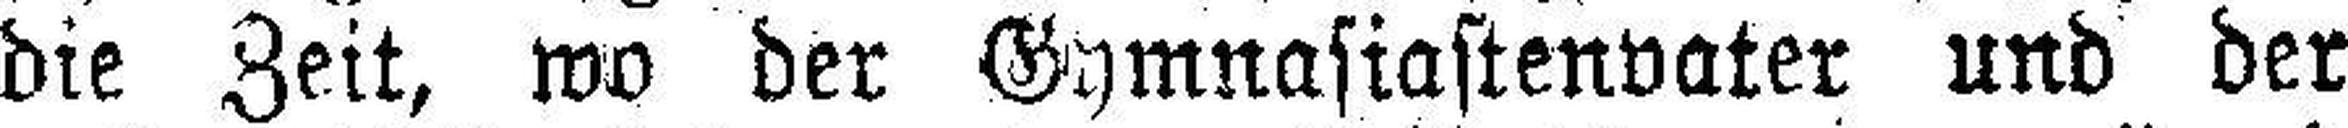
die Zeit, wo der Gymnasiastenvater und der